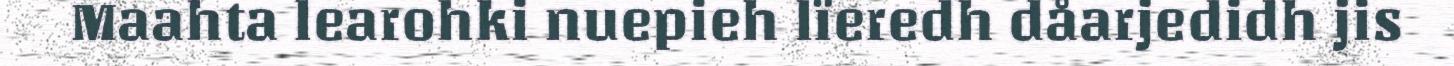
Maahta learohki nuepieh lïeredh dåarjedidh jis